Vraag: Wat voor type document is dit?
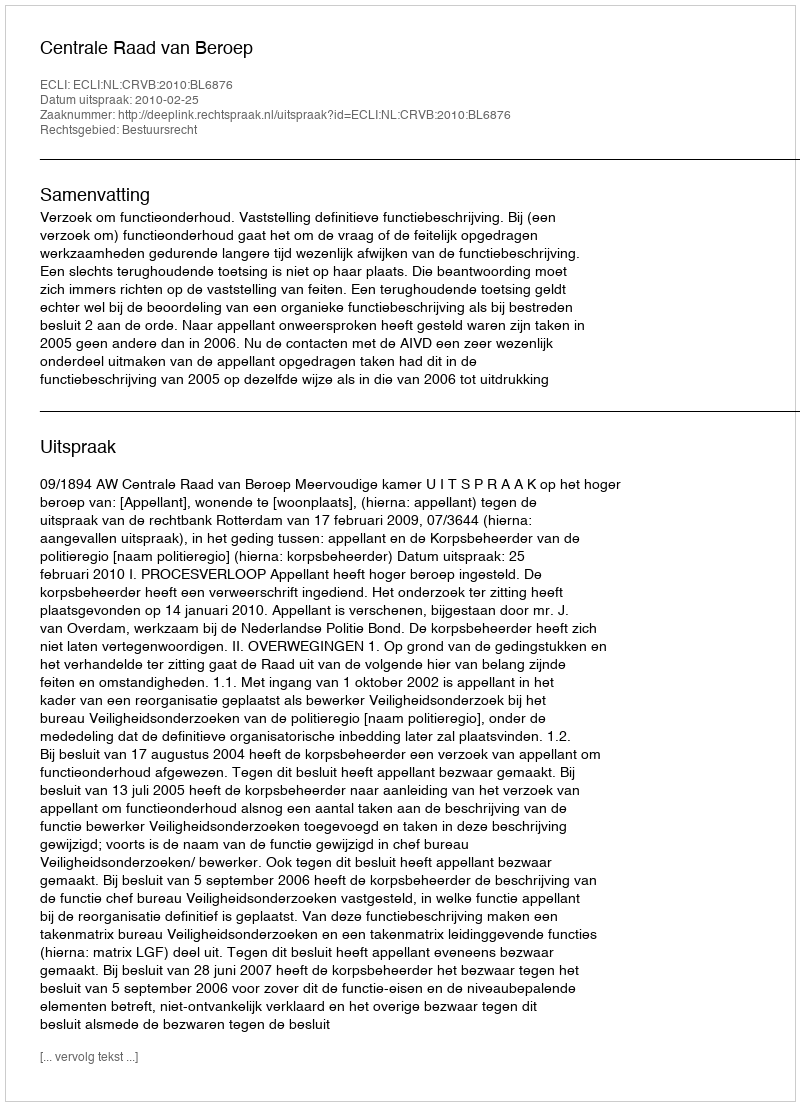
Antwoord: Uitspraak